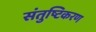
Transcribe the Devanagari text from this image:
संतुष्टिकरण